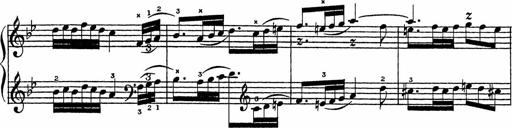
Title: Song of the River
Composer: Frederick Henry Pease